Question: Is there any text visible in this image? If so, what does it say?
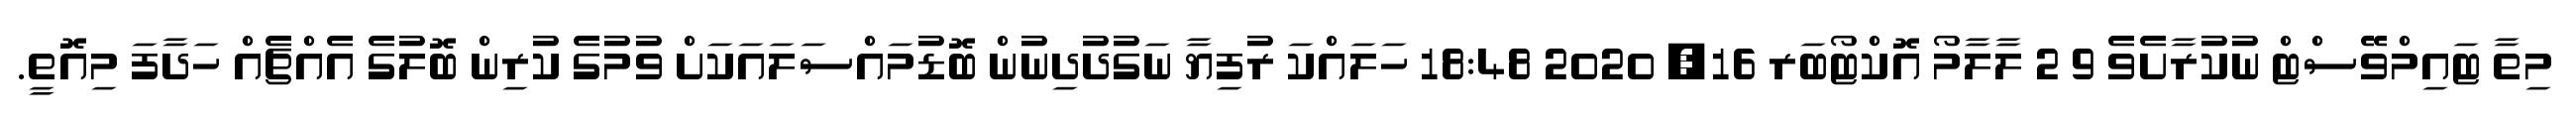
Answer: މިތާ ޓައިމްވޭސްޓް ނުކުރާށެވެ 9 2 ލާލާމޯ އޮކްޓޯބަރ 16, 2020 18:48 ހަލައްކަ ރުފިޔާ ނަގުދުދިނުން ބޮޑުމައްސަލައަކަށް ވުމުގެ ކުރިން ބޮލުގެ އެއްޗެއް ހަދާފަ މިއޮތީ.